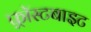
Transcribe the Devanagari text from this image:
फ़्रॉस्टबाइट